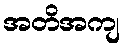
အတိအကျ